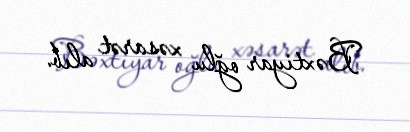
Bəxtiyar oğlu xəsarət alıb.